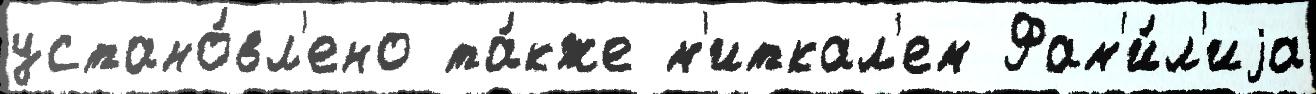
устано́вл'ено та́кже м'иткал'ем Фам'и́л'иjа